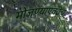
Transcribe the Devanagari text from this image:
मोजण्याएवढेच